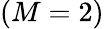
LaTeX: (M=2)